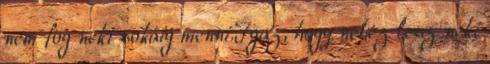
nem fog neki sokáig menni.Igaz, hogy nehéz lesz neki